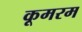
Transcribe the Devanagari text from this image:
कूमरम